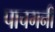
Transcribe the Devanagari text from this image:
पाचगनी